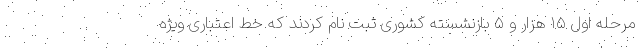
مرحله اول ۱۵ هزار و ۵ بازنشسته کشوری ثبت نام کردند که خط اعتباری ویژه